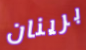
برينان